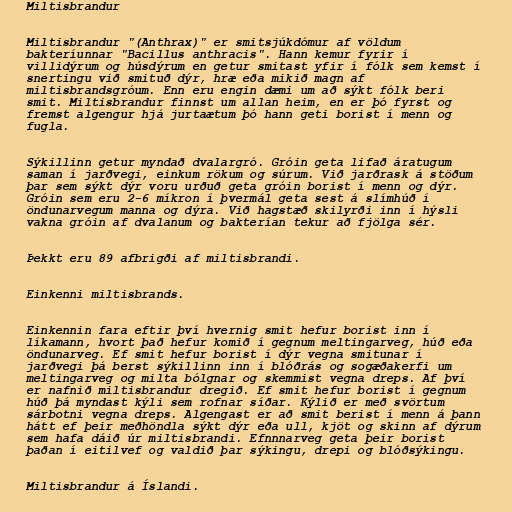
Miltisbrandur

Miltisbrandur "(Anthrax)" er smitsjúkdómur af völdum
bakteríunnar "Bacillus anthracis". Hann kemur fyrir í
villidýrum og húsdýrum en getur smitast yfir í fólk sem kemst í
snertingu við smituð dýr, hræ eða mikið magn af
miltisbrandsgróum. Enn eru engin dæmi um að sýkt fólk beri
smit. Miltisbrandur finnst um allan heim, en er þó fyrst og
fremst algengur hjá jurtaætum þó hann geti borist í menn og
fugla.

Sýkillinn getur myndað dvalargró. Gróin geta lifað áratugum
saman í jarðvegi, einkum rökum og súrum. Við jarðrask á stöðum
þar sem sýkt dýr voru urðuð geta gróin borist í menn og dýr.
Gróin sem eru 2-6 míkron í þvermál geta sest á slímhúð í
öndunarvegum manna og dýra. Við hagstæð skilyrði inn í hýsli
vakna gróin af dvalanum og bakterían tekur að fjölga sér.

Þekkt eru 89 afbrigði af miltisbrandi.

Einkenni miltisbrands.

Einkennin fara eftir því hvernig smit hefur borist inn í
líkamann, hvort það hefur komið í gegnum meltingarveg, húð eða
öndunarveg. Ef smit hefur borist í dýr vegna smitunar í
jarðvegi þá berst sýkillinn inn í blóðrás og sogæðakerfi um
meltingarveg og milta bólgnar og skemmist vegna dreps. Af því
er nafnið miltisbrandur dregið. Ef smit hefur borist í gegnum
húð þá myndast kýli sem rofnar síðar. Kýlið er með svörtum
sárbotni vegna dreps. Algengast er að smit berist í menn á þann
hátt ef þeir meðhöndla sýkt dýr eða ull, kjöt og skinn af dýrum
sem hafa dáið úr miltisbrandi. Efnnnarveg geta þeir borist
þaðan í eitilvef og valdið þar sýkingu, drepi og blóðsýkingu.

Miltisbrandur á Íslandi.